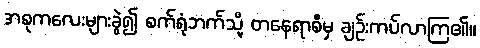
အစုကလေးများခွဲ၍ စက်ရုံဘက်သို့ တနေရာစီမှ ချဉ်းကပ်လာကြ၏။